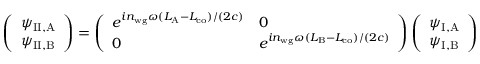
\left( \begin{array} { l } { \psi _ { \mathrm { I I , A } } } \\ { \psi _ { \mathrm { I I , B } } } \end{array} \right) = \left( \begin{array} { l l } { e ^ { i n _ { \mathrm { w g } } \omega ( L _ { \mathrm { A } } - L _ { \mathrm { c o } } ) / ( 2 c ) } } & { 0 } \\ { 0 } & { e ^ { i n _ { \mathrm { w g } } \omega ( L _ { \mathrm { B } } - L _ { \mathrm { c o } } ) / ( 2 c ) } } \end{array} \right) \left( \begin{array} { l } { \psi _ { \mathrm { I , A } } } \\ { \psi _ { \mathrm { I , B } } } \end{array} \right)